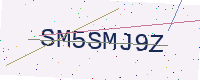
Text: SM5SMJ9Z